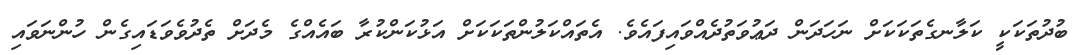
ބުދުތަކަކީ ކަލާނގެތަކަކަށް ނަހަދަން ދަޢުވަތުދެއްވައިފައެވެ. އެތައްކަލުންތަކަކަށް އަޅުކަންކުރާ ބައެއްގެ މެދަށް ތެދުވެވަޑައިގެން ހުންނަވައި